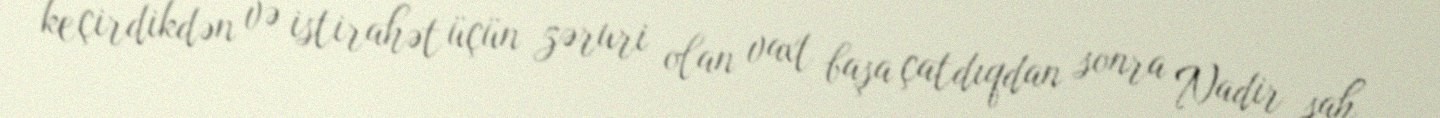
keçirdikdən və istirahət üçün zəruri olan vaxt başa çatdıqdan sonra Nadir şah